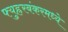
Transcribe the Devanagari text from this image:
फ्युह्ररबंकरमध्ये